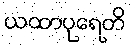
ယထာပုရေတိ